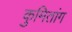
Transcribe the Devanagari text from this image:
कुमितांग